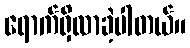
ရောက်ရှိလာခဲ့ပါတယ်။